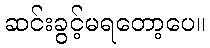
ဆင်းခွင့်မရတော့ပေ။